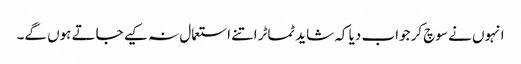
انہوں نے سوچ کر جواب دیا کہ شاید ٹماٹر اتنے استعمال نہ کیے جاتے ہوں گے۔